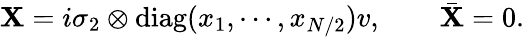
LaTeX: \mathbf{X}=i\sigma_{2}\otimes\mathrm{{diag}}(x_{1},\cdots,x_{N/2})v,\qquad\bar{{\mathbf{X}}}=0.